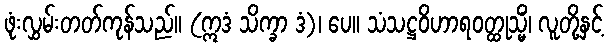
ဖုံးလွှမ်းတတ်ကုန်သည်။ (ဣဒံ သိက္ခာ ဒံ)၊ ပေ။ သံသဋ္ဌဝိဟာရဝတ္ထုသ္မိံ၊ လူတို့နှင့်